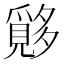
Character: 𱘪